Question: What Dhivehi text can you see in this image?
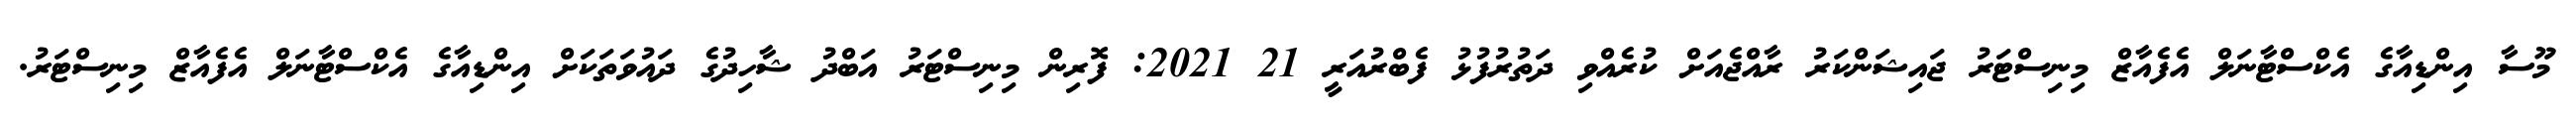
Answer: މޫސާ އިންޑިއާގެ އެކްސްޓާނަލް އެފެއާޒް މިނިސްޓަރު ޖައިޝަންކަރު ރާއްޖެއަށް ކުރެއްވި ދަތުރުފުޅު ފެބްރުއަރީ 21 2021: ފޮރިން މިނިސްޓަރު އަބްދު ޝާހިދުގެ ދައުވަތަކަށް އިންޑިއާގެ އެކްސްޓާނަލް އެފެއާޒް މިނިސްޓަރު.